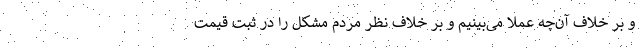
و بر خلاف آن‌چه عملا می‌بینیم و بر خلاف نظر مردم مشکل را در ثبت قیمت